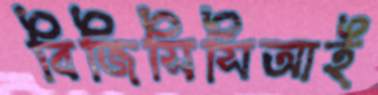
বিজিসিসিআই